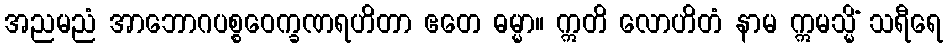
အညမညံ အာဘောဂပစ္စဝေက္ခဏရဟိတာ ဧတေ ဓမ္မာ။ ဣတိ လောဟိတံ နာမ ဣမသ္မိံ သရီရေ